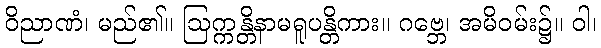
ဝိညာဏံ၊ မည်၏။ ဩက္ကန္တိနာမရူပန္တိကား။ ဂဗ္ဘေ၊ အမိဝမ်း၌။ ဝါ၊